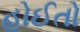
હોઈતો